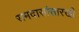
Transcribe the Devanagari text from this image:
रामदासांसारखी